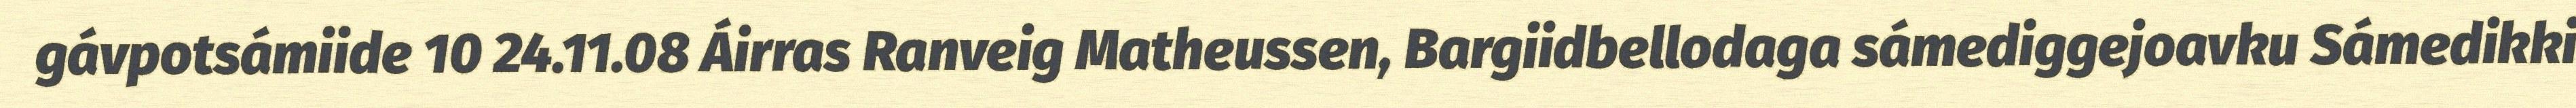
gávpotsámiide 10 24.11.08 Áirras Ranveig Matheussen, Bargiidbellodaga sámediggejoavku Sámedikki